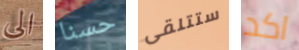
الى حسنا ستتلقى اكد